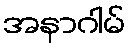
အနာဂါမ်